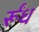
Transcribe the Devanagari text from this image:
र्रूँध